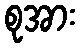
စုအား